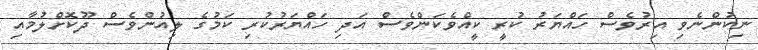
ނިކުންނެވި އިރުވެސް ހައްޔަރު ކުރީ ކީއްވެކަންވެސް އަދި ހައްޔަރުކުރި ކަމުގެ ލިއުންވެސް ދޫކޮށްލުމާއި